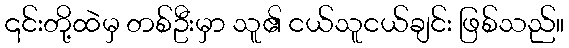
၎င်းတို့ထဲမှ တစ်ဦးမှာ သူ၏ ငယ်သူငယ်ချင်း ဖြစ်သည်။